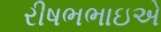
રીષભભાઇએ